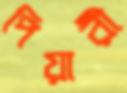
পিয়ারী